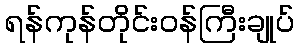
ရန်ကုန်တိုင်းဝန်ကြီးချုပ်